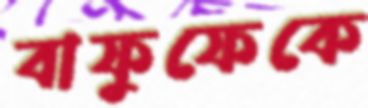
বাফুফেকে